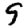
Digit: 9